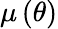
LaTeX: \mathbf{\mu}\left(\theta\right)